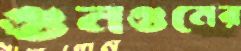
গুনগুনের